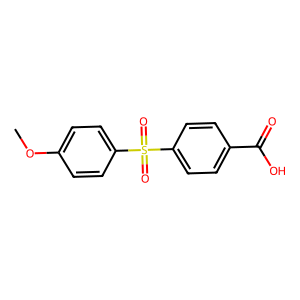
SMILES: COc1ccc(S(=O)(=O)c2ccc(C(=O)O)cc2)cc1
Inhibits HIV replication: No